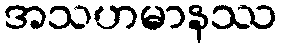
အသဟမာနဿ